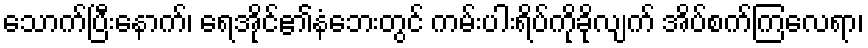
သောက်ပြီးနောက်၊ ရေအိုင်၏နံဘေးတွင် ကမ်းပါးရိပ်ကိုခိုလျက် အိပ်စက်ကြလေရာ၊